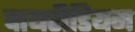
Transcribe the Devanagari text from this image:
पायरीडियम